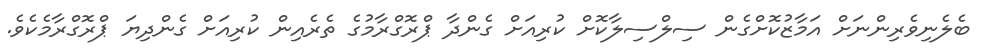
ބެލެނިވެރިންނަށް އަމާޒުކޮށްގެން ސިލްސިލާކޮށް ކުރިއަށް ގެންދާ ޕްރޮގްރާމުގެ ތެރެއިން ކުރިއަށް ގެންދިޔަ ޕްރޮގްރާމެކެވެ.